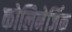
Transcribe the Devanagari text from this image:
कोलिनेर्जिक